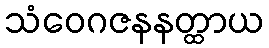
သံဝေဂဇနနတ္ထာယ